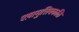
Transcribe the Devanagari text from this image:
एष़ामुत्तिक्कळि